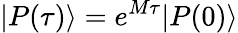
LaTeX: |P(\tau)\rangle=e^{M\tau}|P(0)\rangle